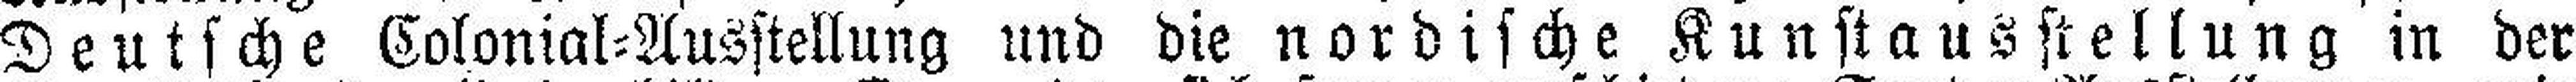
Deutsche Colonial=Ausstellung und die nordische Kunstausstellung in der